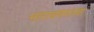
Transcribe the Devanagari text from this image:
नारायणगडचा